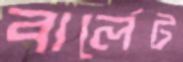
বার্লেট